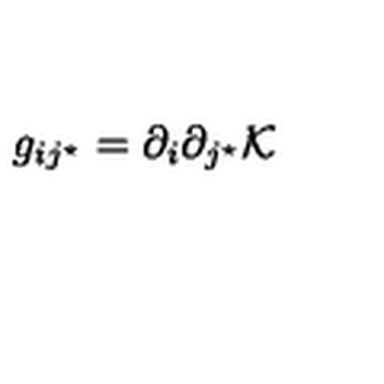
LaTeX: g _ { i j ^ { \star } } = \partial _ { i } \partial _ { j ^ { \star } } { \cal K }